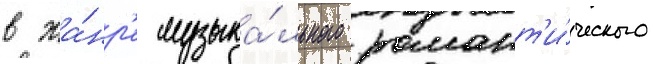
в жа́нр'е музыка́льного романт'и́ческого